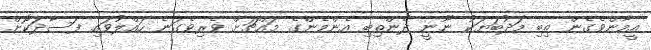
އީމާންވެގެން ތިބި މަދުބަޔަކު ނޫނީ ދެންތިބި އެންމެންގެ މައްޗަށް ވެރިވެގަނެ ހައްލުވައި ފަސާދަކޮށް